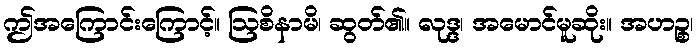
ဤအကြောင်းကြောင့်။ ဩစိနာမိ၊ ဆွတ်၏။ လုဒ္ဒ၊ အမောင်မူဆိုး။ အဟဉ္စ၊